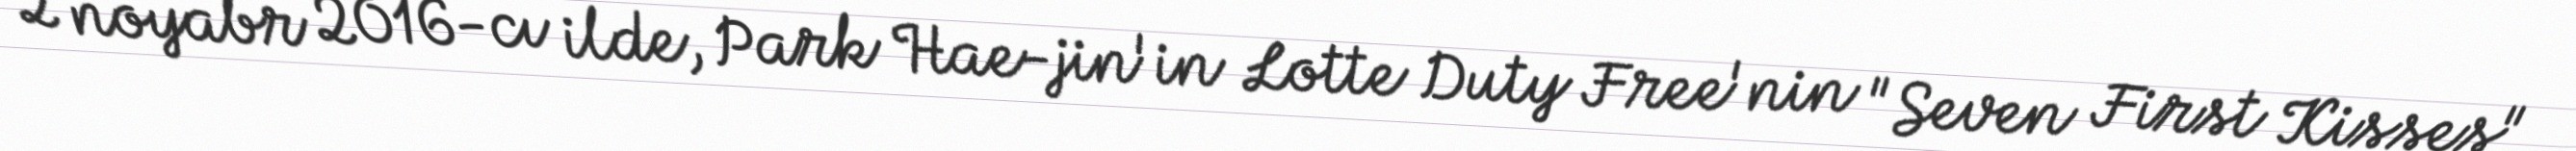
2 noyabr 2016-cı ilde, Park Hae-jin'in Lotte Duty Free'nin "Seven First Kisses"